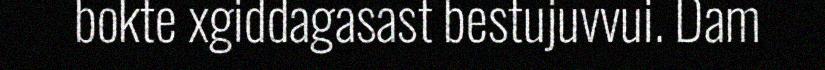
bokte xgiddagasast bestujuvvui. Dam